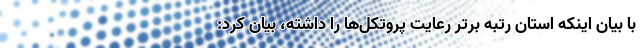
با بیان اینکه استان رتبه برتر رعایت پروتکل‌ها را داشته، بیان کرد: